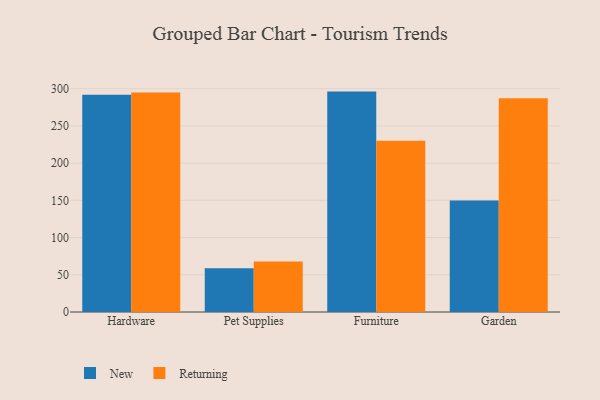
{"axis": {"x": "Category", "y": "Customer Acquisition Cost (USD)"}, "legend": ["New", "Returning"], "data": [{"x": "Hardware", "y": 292.0, "type": "New"}, {"x": "Hardware", "y": 294.8, "type": "Returning"}, {"x": "Pet Supplies", "y": 58.9, "type": "New"}, {"x": "Pet Supplies", "y": 67.8, "type": "Returning"}, {"x": "Furniture", "y": 296.1, "type": "New"}, {"x": "Furniture", "y": 230.2, "type": "Returning"}, {"x": "Garden", "y": 149.9, "type": "New"}, {"x": "Garden", "y": 287.0, "type": "Returning"}]}